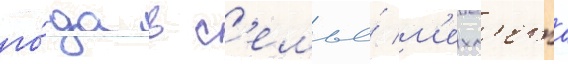
го́да в с'емье́ м'ехм'ета